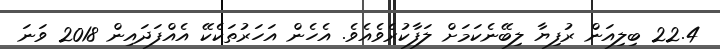
22.4 ބިލިއަން ރުފިޔާ ލިބޭނެކަމަށް ލަފާކުރެވެއެވެ. އެހެން އަހަރުތަކެކޭ އެއްފަދައިން 2018 ވަނަ